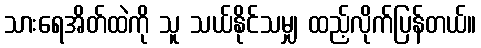
သားရေအိတ်ထဲကို သူ သယ်နိုင်သမျှ ထည့်လိုက်ပြန်တယ်။